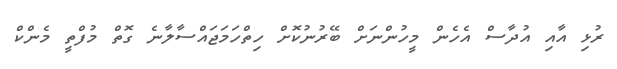
ރުޅި އާއި އުދާސް އެހެން މީހުންނަށް ބޭރުނުކޮށް ހިތްހަމަޖައްސާލާނެ ގޮތް މުފްތީ މެންކް